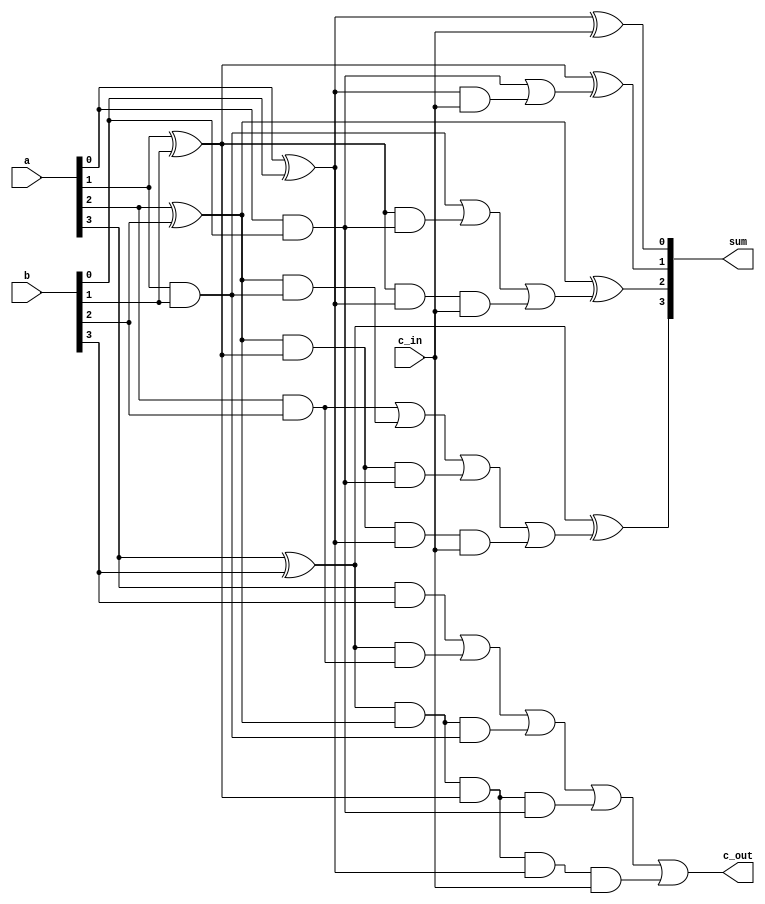
module pavan_cla_adder(sum, c_out, a, b, c_in
    );
// Inputs and outputs
output [3:0] sum;
output c_out;
input [3:0] a,b;
input c_in;
// Internal wires
wire p0,g0, p1,g1, p2,g2, p3,g3;
wire c4, c3, c2, c1;
// compute the p for each stage
assign p0 = a[0] ^ b[0],
p1 = a[1] ^ b[1],
p2 = a[2] ^ b[2],
p3 = a[3] ^ b[3];
// compute the g for each stage
assign g0 = a[0] & b[0],
g1 = a[1] & b[1],
g2 = a[2] & b[2],
g3 = a[3] & b[3];
// compute the carry for each stage
// c_in is equivalent c0 in the arithmetic equation for CLA computation
assign c1 = g0 | (p0 & c_in),
c2 = g1 | (p1 & g0) | (p1 & p0 & c_in),
c3 = g2 | (p2 & g1) | (p2 & p1 & g0) | (p2 & p1 & p0 & c_in),
c4 = g3 | (p3 & g2) | (p3 & p2 & g1) | (p3 & p2 & p1 & g0) |
(p3 & p2 & p1 & p0 & c_in);
// Compute Sum
assign sum[0] = p0 ^ c_in,
sum[1] = p1 ^ c1,
sum[2] = p2 ^ c2,
sum[3] = p3 ^ c3;

// Assign carry output
assign c_out = c4;



endmodule